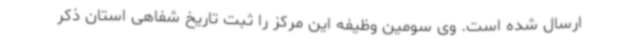
ارسال شده است. وی سومین وظیفه این مرکز را ثبت تاریخ شفاهی استان ذکر